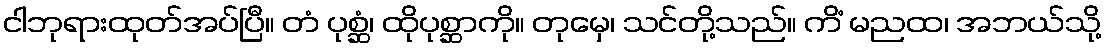
ငါဘုရားထုတ်အပ်ပြီ။ တံ ပုစ္ဆံ၊ ထိုပုစ္ဆာကို။ တုမှေ၊ သင်တို့သည်။ ကိံ မညထ၊ အဘယ်သို့